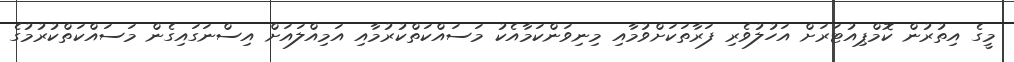
މީގެ އިތުރުން ކޮމްޕިއުޓަރަށް އަހުލުވެރި ފަރާތަކަށްވުމާއި މިނިވަންކަމާއެކު މަސައްކަތްކުރުމާއި އަމިއްލައަށް އިސްނަގައިގެން މަސައްކަތްކުރުމުގެ